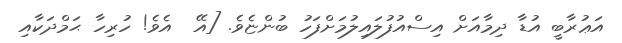
އަޢުރާބީ އުޑާ ދިމާއަށް އިސްއުފުލައިލުމަށްފަހު ބުންޏެވެ. [އޭ  އެވެ! ހުރިހާ ޙަމްދަކާއި